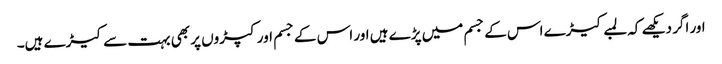
اور اگر دیکھے کہ لمبے کیڑے اس کے جسم میں پڑے ہیں اور اس کے جسم اور کپڑوں پر بھی بہت سے کیڑے ہیں۔